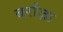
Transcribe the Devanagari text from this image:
बर्राज़ा